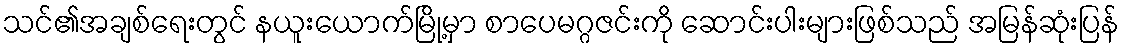
သင်၏အချစ်ရေးတွင် နယူးယောက်မြို့မှာ စာပေမဂ္ဂဇင်းကို ဆောင်းပါးများဖြစ်သည် အမြန်ဆုံးပြန်